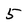
Character: 5